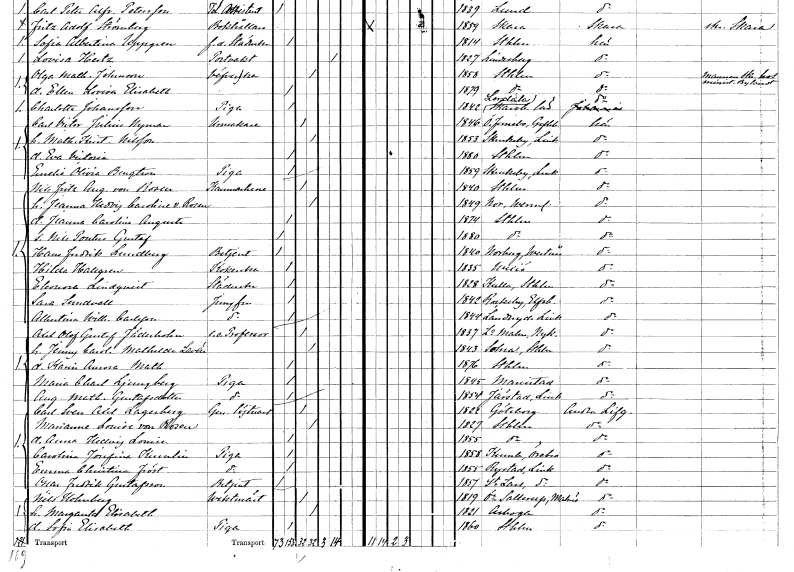
gt_parse: households: individuals: FN: Nils Fritz August
EN: von Rosen
KON: M
CIV: G
FODAR: 1840
FODFORS: Stockholm
FN: Jeanna Hedvig Caroline
EN: von Rosen
KON: K
CIV: G
FODAR: 1849
FODFORS: Nor Värmlands län
FN: Jeanna Carolina Augusta
KON: K
CIV: O
FODAR: 1874
FODFORS: Stockholm
FN: Nils Pontus Gustaf
KON: M
CIV: O
FODAR: 1880
FODFORS: Stockholm
FN: Hans Fredrik
EN: Lundberg
YRKE: Betjänt
KON: M
CIV: O
FODAR: 1840
FODFORS: Norberg Västmanlands län
FN: Hilda
EN: Hallgren
YRKE: Kokerska
KON: K
CIV: O
FODAR: 1835
FODFORS: Växjö Kronobergs län
FN: Eleonora
EN: Lindqvist
YRKE: Städerska
KON: K
CIV: O
FODAR: 1828
FODFORS: Kulla Stockholms län
FN: Sara
EN: Sundvall
YRKE: Jungfru
KON: K
CIV: O
FODAR: 1842
FODFORS: Rackeby Skaraborgs län
FN: Albertina Wilhelmina
EN: Carlsson
YRKE: Jungfru
KON: K
CIV: O
FODAR: 1844
FODFORS: Landeryd Östergötlands län
FN: Axel Olof Gustaf
EN: Jäderholm
YRKE: Professor e.o.
KON: M
CIV: G
FODAR: 1837
FODFORS: Lilla Malma Södermanlands län
FN: Jenny Carolina Mathilda
EN: Lavén
KON: K
CIV: G
FODAR: 1843
FODFORS: Solna Stockholms län
FN: Karin Aurora Mathilda
KON: K
CIV: O
FODAR: 1876
FODFORS: Stockholm
FN: Maria Charlotta
EN: Ljungberg
YRKE: Piga
KON: K
CIV: O
FODAR: 1845
FODFORS: Mariestad Skaraborgs län
FN: Augusta Mathilda
EN: Gustafsdotter
YRKE: Piga
KON: K
CIV: O
FODAR: 1854
FODFORS: Järstad Östergötlands län
FN: Carl Sven Axel
EN: Lagerberg
YRKE: Generallöjtnant
KON: M
CIV: G
FODAR: 1822
FODFORS: Göteborg Göteborgs- och Bohuslän
FN: Marianne Louise
EN: von Rosen
KON: K
CIV: G
FODAR: 1827
FODFORS: Stockholm
FN: Anna Hedvig Louise
KON: K
CIV: O
FODAR: 1855
FODFORS: Stockholm
FN: Carolina Josefina
EN: Kumlin
YRKE: Piga
KON: K
CIV: O
FODAR: 1858
FODFORS: Kumla Örebro län
FN: Emma Christina
EN: Fröst
YRKE: Piga
KON: K
CIV: O
FODAR: 1855
FODFORS: Rystad Östergötlands län
FN: Oscar Fredrik
EN: Gustafsson
YRKE: Betjänt
KON: M
CIV: O
FODAR: 1857
FODFORS: Linköpings Sankt Lars Östergötlands län
FN: Nils
EN: Holmberg
YRKE: Vaktmästare
KON: M
CIV: G
FODAR: 1819
FODFORS: Östra Sallerup Malmöhus län
FN: Margareta Elisabeth
KON: K
CIV: G
FODAR: 1821
FODFORS: Arboga Västmanlands län
FN: Sofia Elisabeth
YRKE: Piga
KON: K
CIV: O
FODAR: 1860
FODFORS: Stockholm